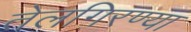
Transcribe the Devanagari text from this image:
तेलगिरण्या